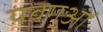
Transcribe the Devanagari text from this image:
यवगुओं